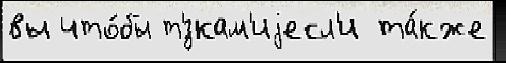
вы что́бы т'́зкам'иjесл'и та́кже